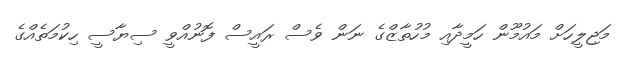
މަޖިލީހަށް މައުމޫން ހަމީދާއި މުހުތާޒްގެ ނަން ވެސް ރައީސް ފޮނުއްވީ ސިޔާސީ ހިކުމަތެއްގެ